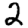
Digit: 2